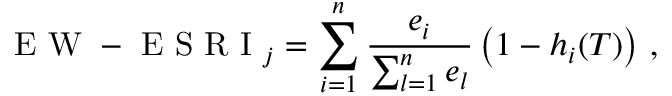
\mathrm { ~ E ~ W ~ - ~ E ~ S ~ R ~ I ~ } _ { j } = \sum _ { i = 1 } ^ { n } { \frac { e _ { i } } { \sum _ { l = 1 } ^ { n } { e _ { l } } } } \left( 1 - h _ { i } ( T ) \right) \, ,